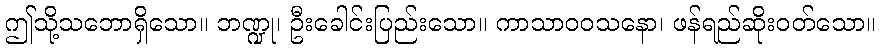
ဤသို့သဘောရှိသော။ ဘဏ္ဍု၊ ဦးခေါင်းပြည်းသော။ ကာသာဝဝသနော၊ ဖန်ရည်ဆိုးဝတ်သော။